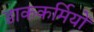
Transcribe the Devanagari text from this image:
डाककर्मियों